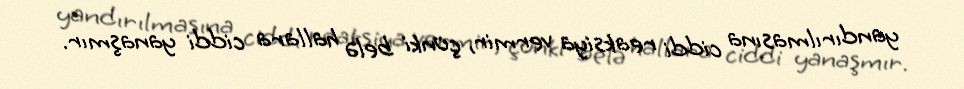
yandırılmasına ciddi reaksiya vermir, çünki belə hallara ciddi yanaşmır.